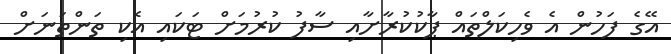
އޭގެ ފަހުން އެ ވެހިކަލްތައް ޕާކުކުރާށާއި ސާފު ކުރުމަށް ޓަކައި އެކި ތަންތަނަށް